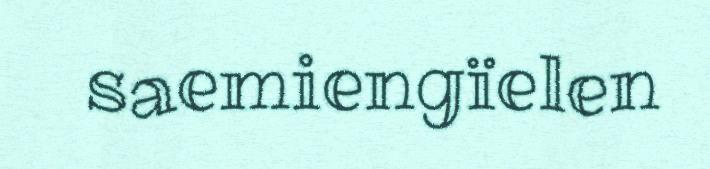
saemiengïelen